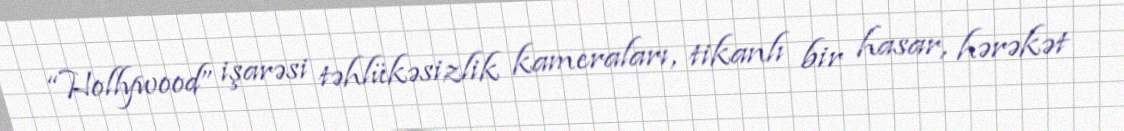
“Hollywood” işarəsi təhlükəsizlik kameraları, tikanlı bir hasar, hərəkət